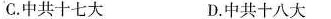
C.中共十七大 D.中共十八大